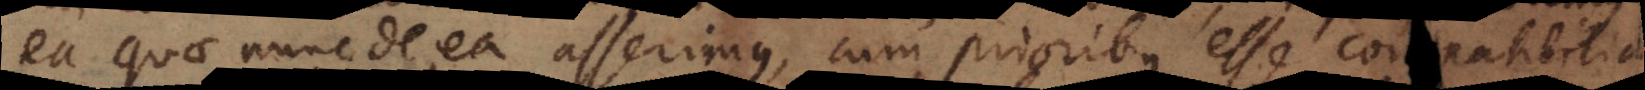
ea quae nunc de ea asserimus, cum prioribus esse compatibilia,